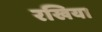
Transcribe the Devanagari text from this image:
रखिया